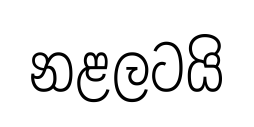
නළලටයි